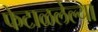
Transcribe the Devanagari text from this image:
फेटाळलेल्या